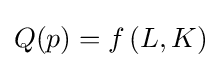
Q(p)=f\,(L,K)